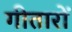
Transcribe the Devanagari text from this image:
गीतारों